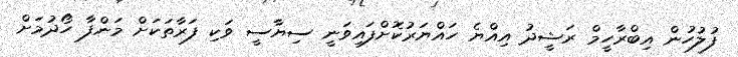
ފުލުހުން އިބްރާހީމް ރަޝީދު އިއްޔެ ހައްޔަރުކޮށްފައިވަނީ ސިޔާސީ ވަކި ފަރާތަކަށް މަންފާ ހޯދުމަށް